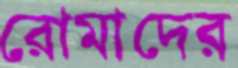
রোমাদের